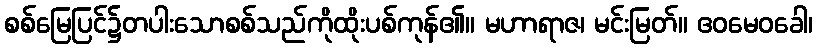
စစ်မြေပြင်၌တပါးသောစစ်သည်ကိုထိုးပစ်ကုန်၏။ မဟာရာဇ၊ မင်းမြတ်။ ဧဝမေဝခေါ၊